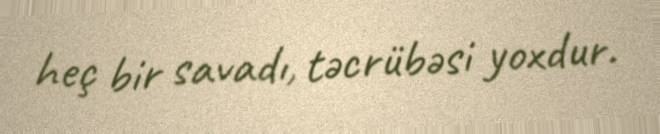
heç bir savadı, təcrübəsi yoxdur.